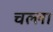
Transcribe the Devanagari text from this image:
चल्ला